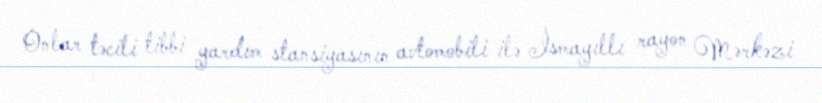
Onlar təcili tibbi yardım stansiyasının avtomobili ilə İsmayıllı rayon Mərkəzi